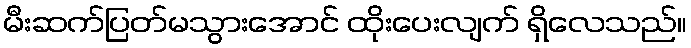
မီးဆက်ပြတ်မသွားအောင် ထိုးပေးလျက် ရှိလေသည်။